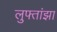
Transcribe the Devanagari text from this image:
लुफ्तांझा